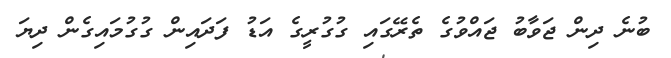
ބުނެ ދިން ޖަވާބު ޖައްވުގެ ތެރޭގައި ގުގުރީގެ އަޑު ފަދައިން ގުގުމައިގެން ދިޔަ